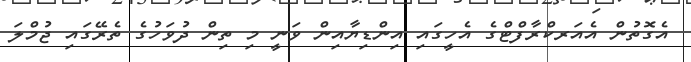
އެގޮތުން އެއަރކްރާފްޓްގެ އެހީގައި އިންޑިޔާއިން ވަނީ މި ތިން ދުވަހުގެ ތެރޭގައި ޖުމްލަ